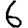
Digit: 6